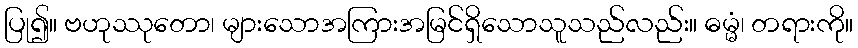
ပြု၍။ ဗဟုဿုတော၊ များသောအကြားအမြင်ရှိသောသူသည်လည်း။ ဓမ္မံ၊ တရားကို။